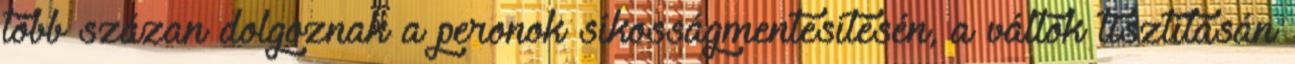
több százan dolgoznak a peronok síkosságmentesítésén, a váltók tisztításán